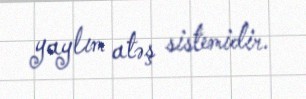
yaylım atəş sistemidir.